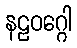
နဠဝဂ္ဂေါ